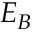
E _ { B }